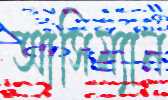
আসিম্যান